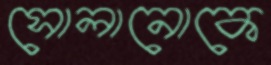
সোলানোকে